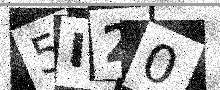
Text: 5I20